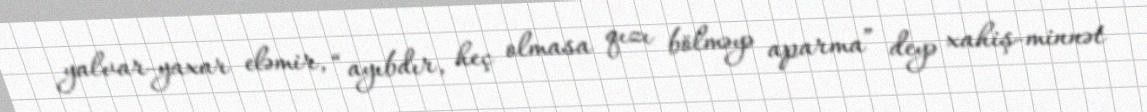
yalvar-yaxar eləmir, “ayıbdır, heç olmasa qızı bölməyə aparma” deyə xahiş-minnət